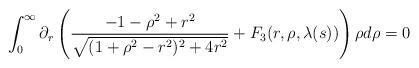
LaTeX: \begin{align*} \int_{0}^{\infty} \partial_{r} \left(\frac{-1-\rho^{2}+r^{2}}{\sqrt{(1+\rho^{2}-r^{2})^{2}+4r^{2}}}+F_{3}(r,\rho,\lambda(s))\right) \rho d\rho =0\end{align*}